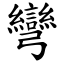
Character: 彎